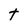
Character: t